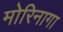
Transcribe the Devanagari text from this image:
मोरिनागा